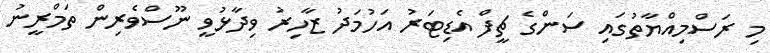
މި ރަސްމިއްޔާތުގައި ސަންގެ ޗީފް އެޑިޓަރު އަހުމަދު ޒާހިރު ވިދާޅުވީ ނޫސްވެރިން ތަމްރީނު